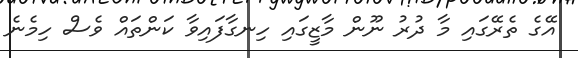
އޭގެ ތެރޭގައި މާ ދުރު ނޫން މާޒީގައި ހިނގާފައިވާ ކަންތައް ވެސް ހިމެނެ